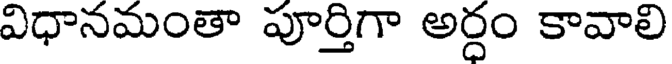
విధానమంతా పూర్తిగా అర్ధం కావాలి